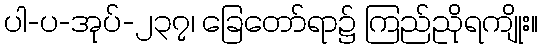
ပါ-ပ-အုပ်-၂၃၇၊ ခြေတော်ရာ၌ ကြည်ညိုရကျိုး။